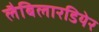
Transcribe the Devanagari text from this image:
लैबिलारडियेर